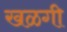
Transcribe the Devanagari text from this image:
खळगी